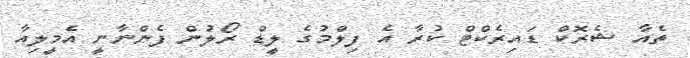
ތެއާ ޝެރޮކް ޑައިރެކްޓް ކުރާ އެ ފިލްމުގެ ލީޑް ރޯލުން ފެންނާނީ އެމީލިއާ